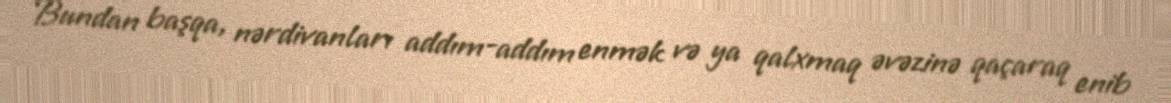
Bundan başqa, nərdivanları addım-addım enmək və ya qalxmaq əvəzinə qaçaraq enib